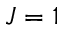
J = 1